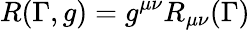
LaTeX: R(\Gamma,g)=g^{\mu\nu}R_{\mu\nu}(\Gamma)